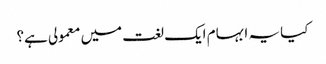
کیا یہ ابہام ایک لغت میں معمولی ہے؟